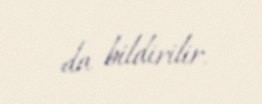
da bildirilir.